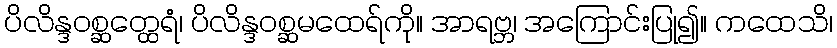
ပိလိန္ဒဝစ္ဆတ္ထေရံ၊ ပိလိန္ဒဝစ္ဆမထေရ်ကို။ အာရဗ္ဘ၊ အကြောင်းပြု၍။ ကထေသိ၊